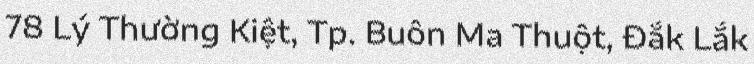
78 Lý Thường Kiệt, Tp. Buôn Ma Thuột, Đắk Lắk